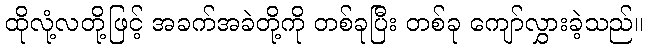
ထိုလုံ့လတို့ဖြင့် အခက်အခဲတို့ကို တစ်ခုပြီး တစ်ခု ကျော်လွှားခဲ့သည်။